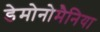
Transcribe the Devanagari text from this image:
डेमोनोमैनिया